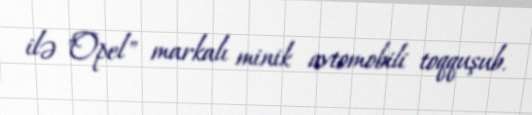
ilə "Opel" markalı minik avtomobili toqquşub.